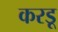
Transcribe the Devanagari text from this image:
करडू